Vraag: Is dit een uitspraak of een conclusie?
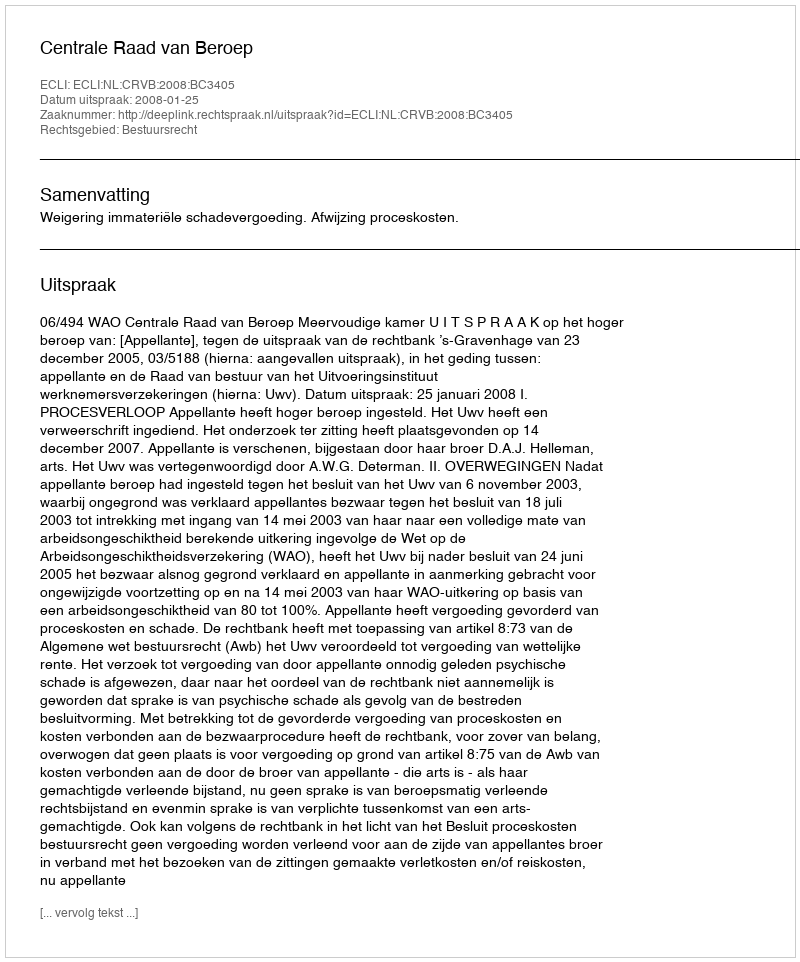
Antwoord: Uitspraak